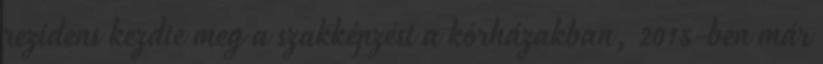
rezidens kezdte meg a szakképzést a kórházakban, 2015-ben már